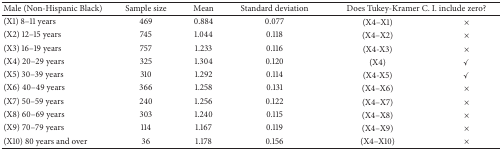
| Male (Non-Hispanic Black) | Sample size | Mean | Standard deviation | <COLSPAN=2> Does Tukey-Kramer C. I. include zero? |
 | --- | --- | --- | --- | --- | --- |
 | (X1) 8–11 years | 469 | 0.884 | 0.077 | (X4–X1) | × |
 | (X2) 12–15 years | 745 | 1.044 | 0.118 | (X4–X2) | × |
 | (X3) 16–19 years | 757 | 1.233 | 0.116 | (X4-X3) | × |
 | (X4) 20–29 years | 325 | 1.304 | 0.120 | (X4) | ✓ |
 | (X5) 30–39 years | 310 | 1.292 | 0.114 | (X4-X5) | ✓ |
 | (X6) 40–49 years | 366 | 1.258 | 0.131 | (X4–X6) | × |
 | (X7) 50–59 years | 240 | 1.256 | 0.122 | (X4–X7) | × |
 | (X8) 60–69 years | 303 | 1.240 | 0.115 | (X4–X8) | × |
 | (X9) 70–79 years | 114 | 1.167 | 0.119 | (X4–X9) | × |
 | (X10) 80 years and over | 36 | 1.178 | 0.156 | (X4–X10) | × |